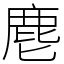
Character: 麀